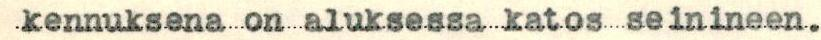
kennuksena on aluksessa katos seinineen.